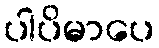
ပါပိမာပေ